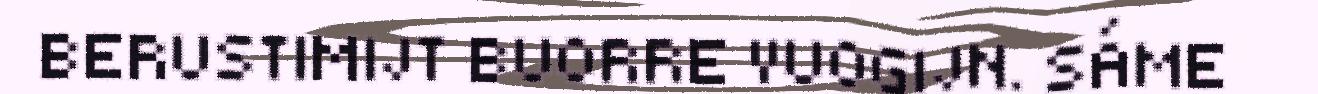
BERUSTIMIJT BUORRE VUOGIJN. SÁME